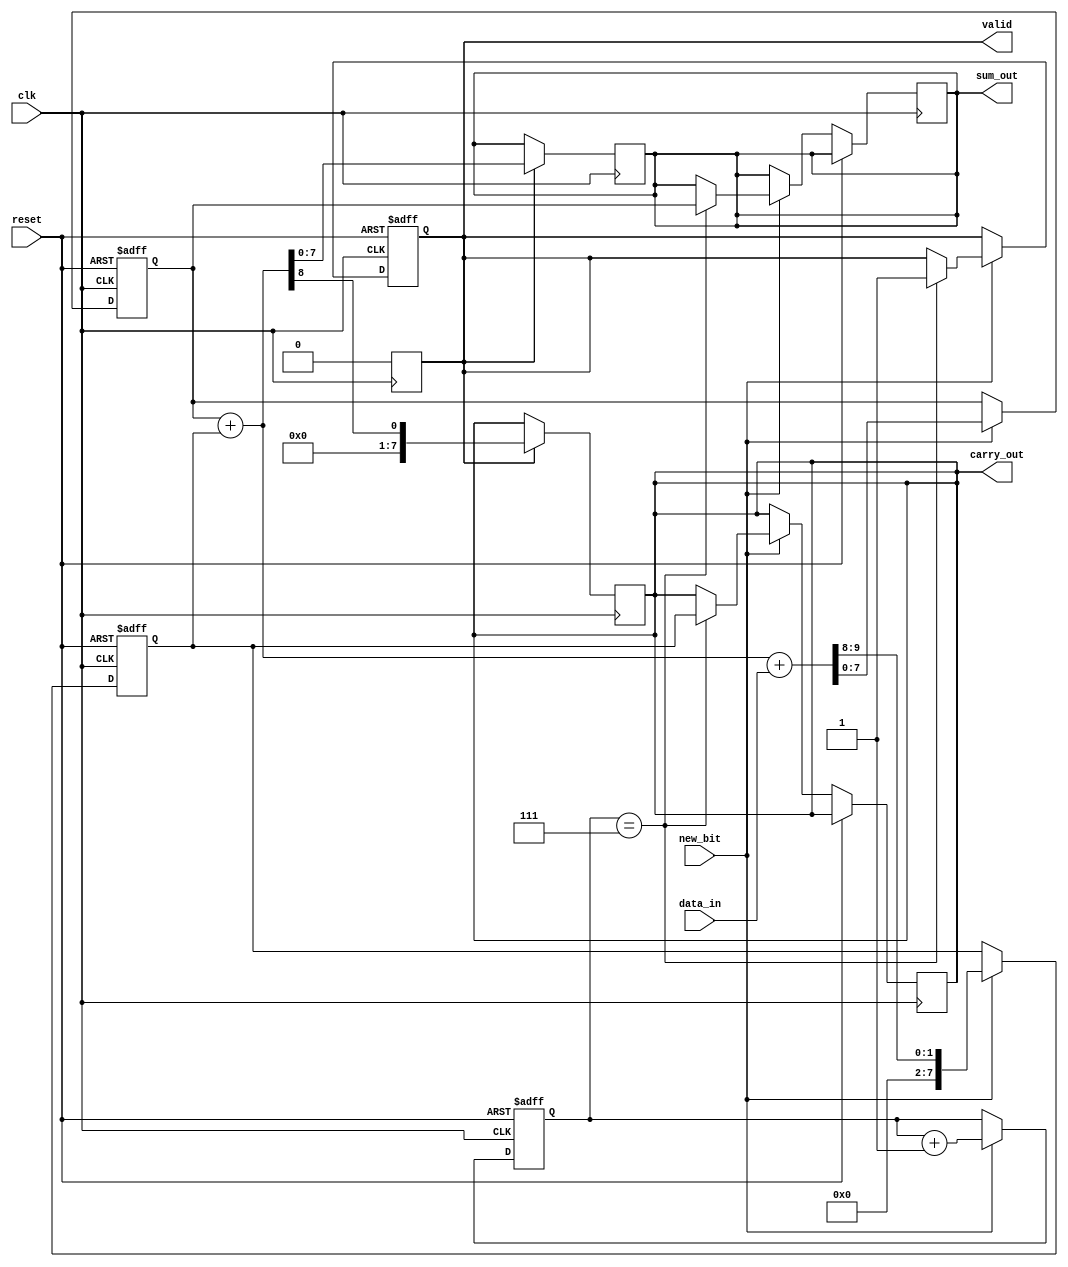
module CarrySaveAdder (
    input wire clk,               // Clock signal
    input wire reset,             // Reset signal
    input wire new_bit,           // Control signal indicating a new bit is available
    input wire [N-1:0] data_in,   // Serial input data (N bits)
    output reg [N-1:0] sum_out,    // Final sum output
    output reg [N-1:0] carry_out,  // Final carry output
    output reg valid               // Output valid signal
);
    parameter N = 8;              // Number of bits in the input data
    reg [N-1:0] sum;              // Intermediate sum register
    reg [N-1:0] carry;            // Intermediate carry register
    reg [3:0] bit_count;          // Counter for the number of bits processed

    // State machine for processing bits
    always @(posedge clk or posedge reset) begin
        if (reset) begin
            sum <= 0;
            carry <= 0;
            bit_count <= 0;
            valid <= 0;
        end else if (new_bit) begin
            // Perform carry-save addition
            {carry, sum} <= sum + carry + data_in; // Add current input to sum and carry
            bit_count <= bit_count + 1;

            // Check if all bits have been processed
            if (bit_count == N-1) begin
                valid <= 1; // Indicate that the output is valid
                sum_out <= sum;
                carry_out <= carry;
            end
        end
    end

    // Final addition to resolve carry bits
    always @(posedge clk) begin
        if (valid) begin
            // Final addition to resolve carry bits
            {carry_out, sum_out} <= sum + carry; // Final sum and carry output
            valid <= 0; // Reset valid signal after output is taken
        end
    end
endmodule